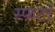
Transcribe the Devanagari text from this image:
स्फटों